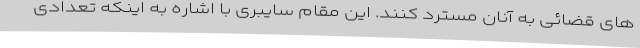
های قضائی به آنان مسترد کنند. این مقام سایبری با اشاره به اینکه تعدادی